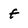
Character: f